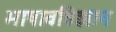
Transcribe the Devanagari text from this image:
भाषावविज्ञान